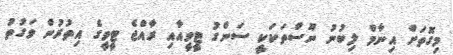
މިގޮތަށް އިނާމް ލިބުނު ނޫސްތަކަކީ ސަންގު ޓީވީއާއި ރާއްޖެ ޓީވީގެ އިތުރުން ވަގުތު